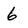
Character: 6